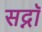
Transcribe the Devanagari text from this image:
सद्नॉ